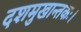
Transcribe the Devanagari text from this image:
दशमुखान्तकः।